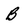
Character: B